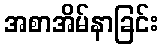
အစာအိမ်နာခြင်း